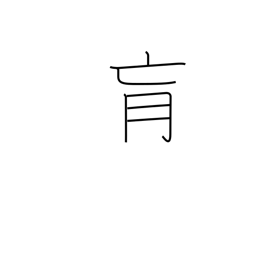
Meaning: interior region of the body too deep to be reached by acupuncture